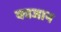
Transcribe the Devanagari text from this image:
काजान